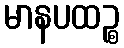
မာနပထဉ္စ